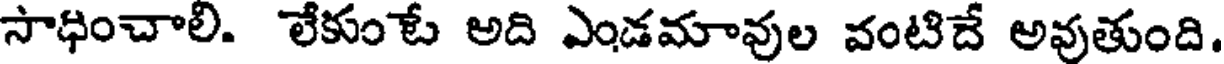
సాధించాలి. లేకుంటే అది ఎండమావుల వంటిదే అవుతుంది.